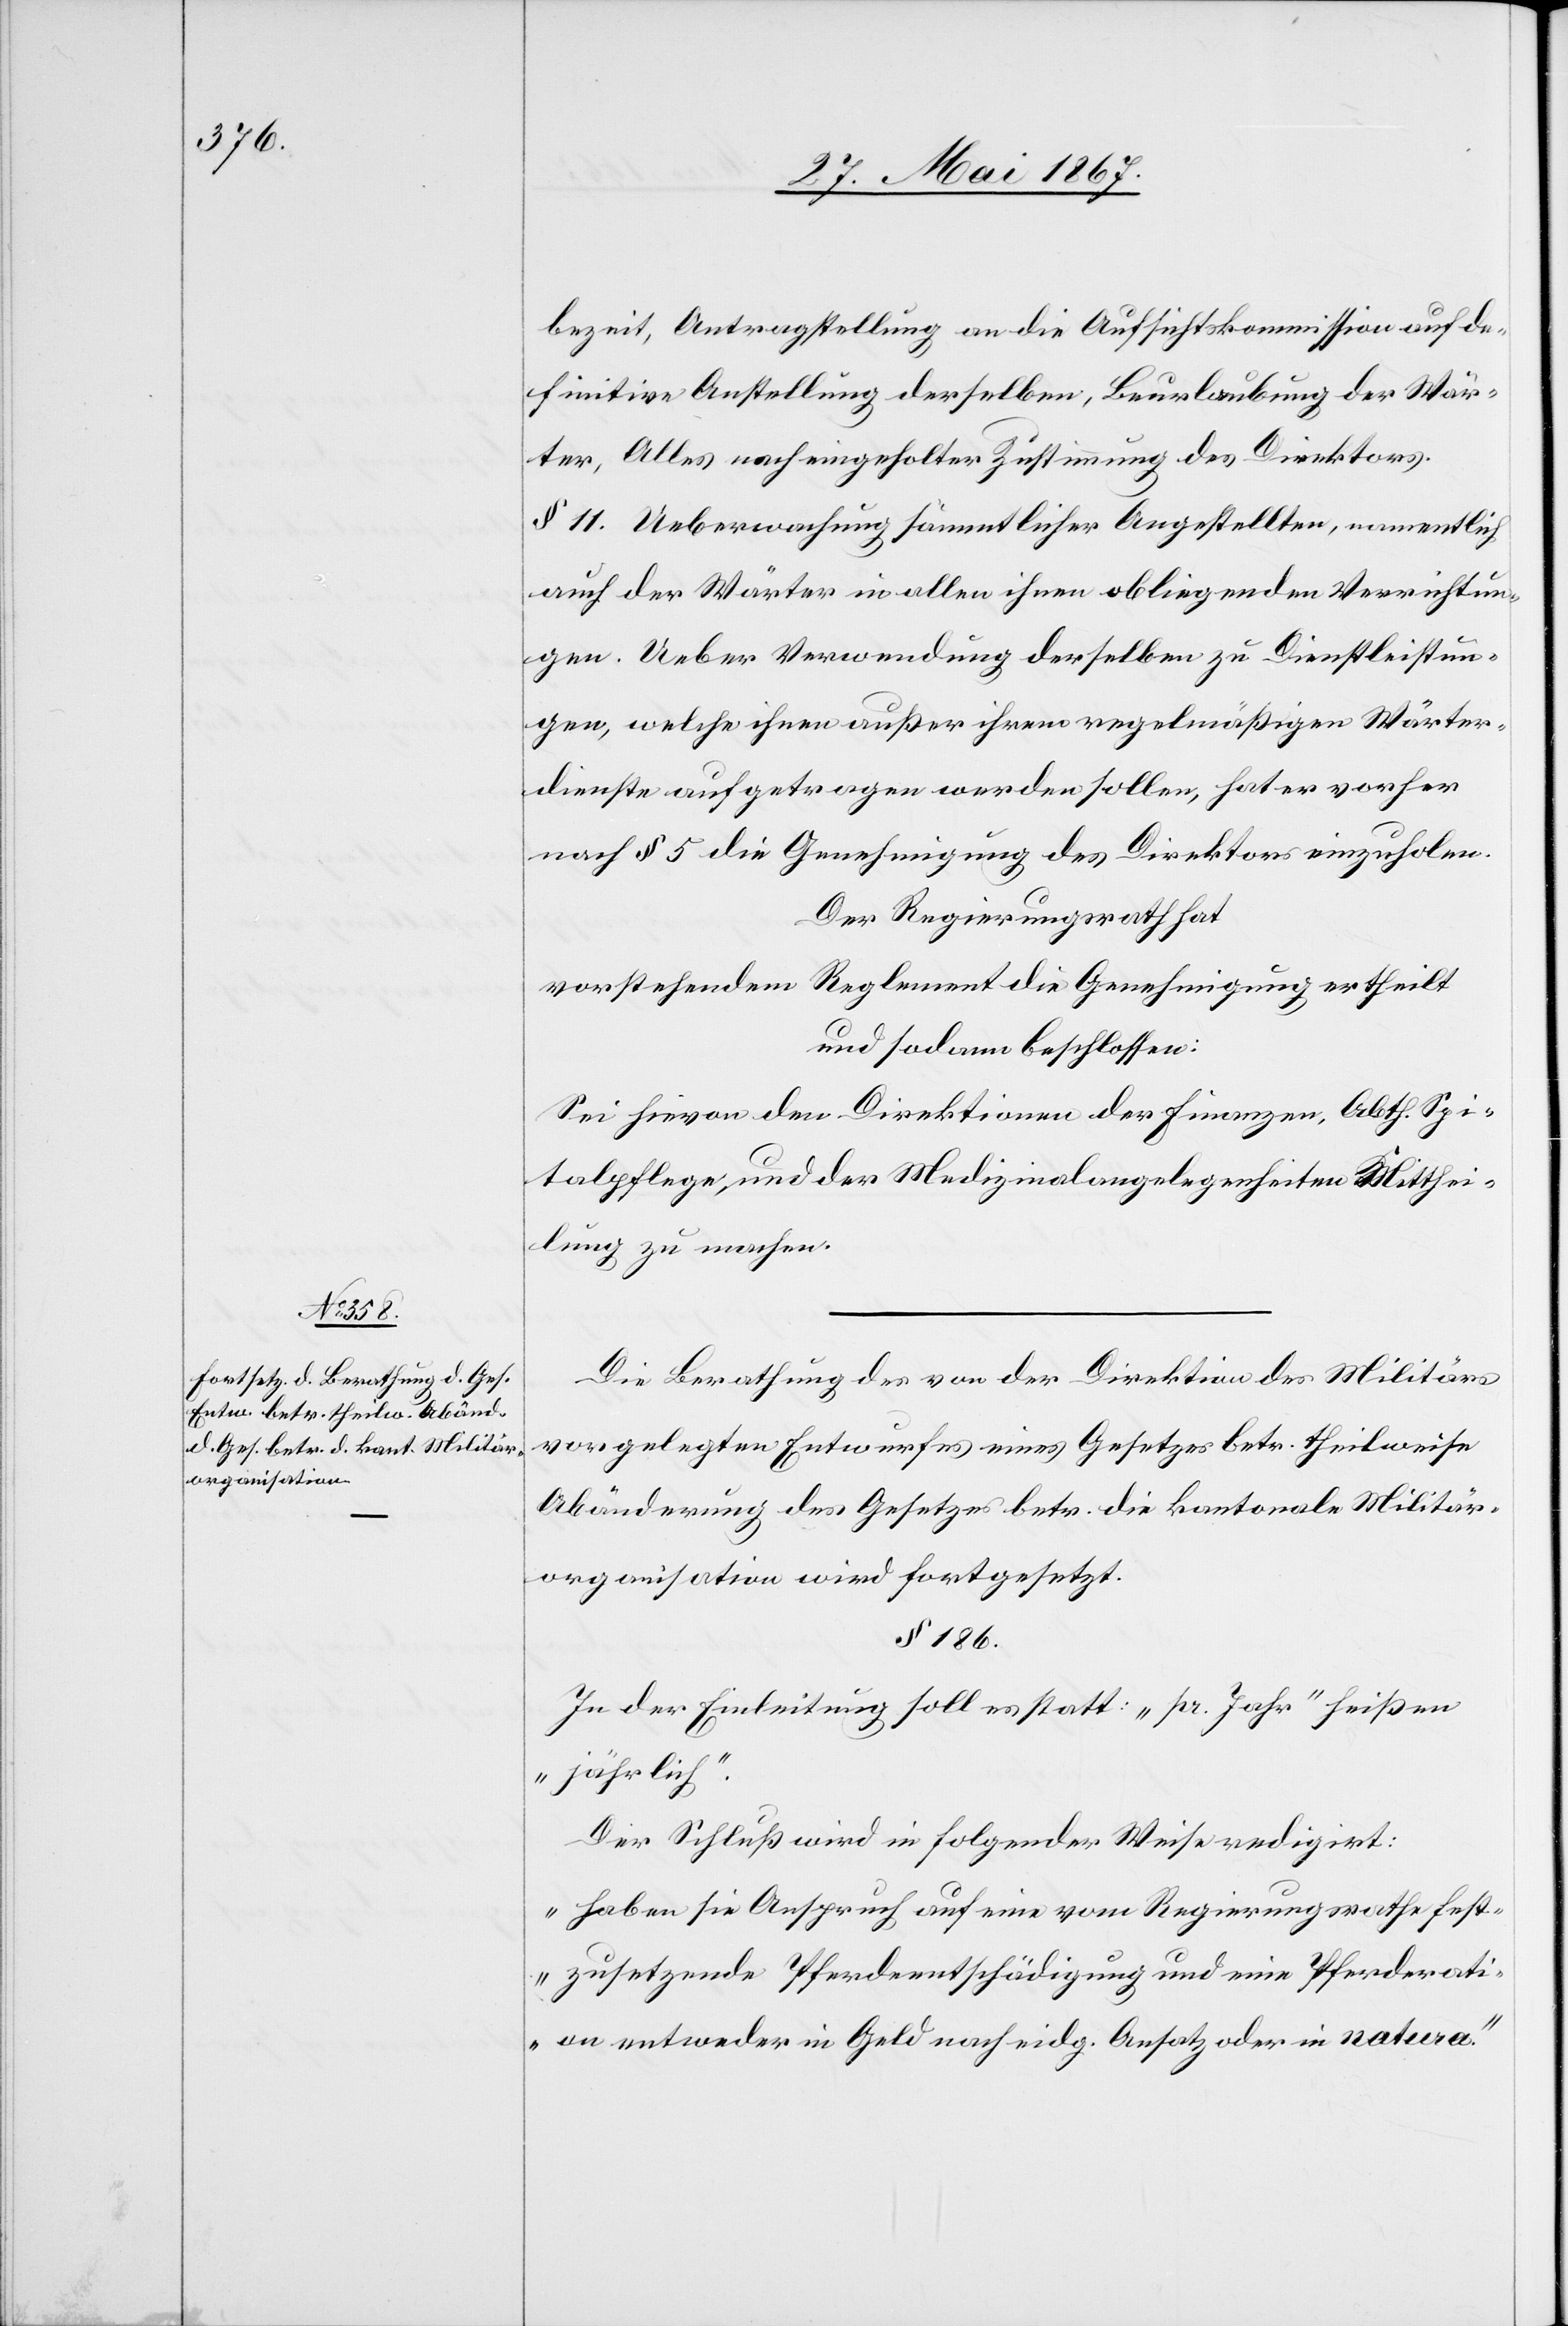
bezeit, Antragstellung an die Aufsichtskommission auf de¬
finitive Anstellung derselben, Beurlaubung der Wär¬
ter, Alles nach eingeholter Zustimmung des Direktors.
§ 11. Ueberwachung sämmtlicher Angestellten, namentlich
auch der Wärter in allen ihnen obliegenden Verrichtun¬
gen. Ueber Verwendung derselben zu Dienstleistun¬
gen, welche ihnen außer ihrem regelmäßigen Wärter¬
dienste aufgetragen werden sollen, hat er vorher
nach § 5 die Genehmigung des Direktors einzuholen.
Der Regierungsrath hat
vorstehendem Reglement die Genehmigung ertheilt
und sodann beschlossen:
Sei hievon den Direktionen der Finanzen, Abth. Spi¬
talpflege und der Medizinalangelegenheiten Mitthei¬
lung zu machen.
Die Berathung des von der Direktion des Militärs
vorgelegten Entwurfes eines Gesetzes betr. theilweise
Abänderung des Gesetzes betr. die kantonale Militär¬
organisation wird fortgesetzt.
§ 186.
In der Einleitung soll es statt: „pr. Jahr“ heißen
„jährlich“.
Der Schluß wird in folgender Weise redigirt:
„Haben sie Anspruch auf eine vom Regierungsrathe fest¬
zusetzende Pferdentschädigung und eine Pferderati¬
on entweder in Geld nach eidg. Ansatz oder in natura“.